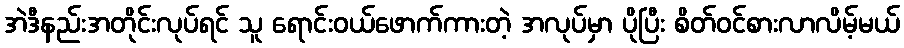
အဲဒီနည်းအတိုင်းလုပ်ရင် သူ ရောင်းဝယ်ဖောက်ကားတဲ့ အလုပ်မှာ ပိုပြီး စိတ်ဝင်စားလာလိမ့်မယ်